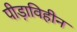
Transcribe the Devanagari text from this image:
पीड़ाविहीन